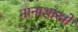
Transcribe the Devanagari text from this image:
नानाशास्त्रों